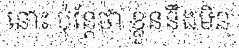
នោះ ប៉ុន្តែថា ខ្លួននឹងមិន